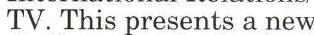
TV. This presents a new